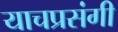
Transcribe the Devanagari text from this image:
याचप्रसंगी